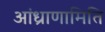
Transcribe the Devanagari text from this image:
आंध्राणामिति